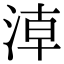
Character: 𣶃